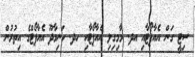
ސިޓީ ގަން އެއާޕޯޓާއި އދ. މާމިގިލި އެއާޕޯޓާއި ހދ. ހަނިމާދޫ އެއާޕޯޓްގެ އިތުރުން